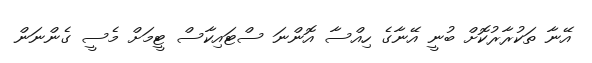
އޭނާ ތަކުރާރުކޮށް ބުނީ އޭނާގެ ހިއްސާ އޮންނަ ސްޓައިކާސް ޓީމަށް މެސީ ގެންނަން